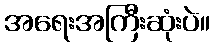
အရေးအကြီးဆုံးပဲ။